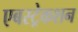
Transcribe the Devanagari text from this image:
एबस्ट्रेकशन